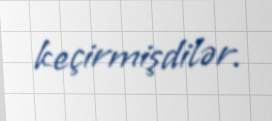
keçirmişdilər.